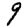
Digit: 9